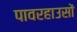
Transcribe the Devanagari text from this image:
पावरहाउसों